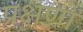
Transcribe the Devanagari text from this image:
प्रक्षणों